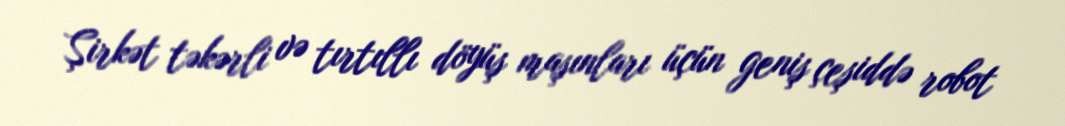
Şirkət təkərli və tırtıllı döyüş maşınları üçün geniş çeşiddə robot